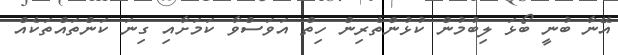
އޭނާ ބުނީ ބޯޅަ ލިބުމުން ކުޅުންތެރިން ހިތް އަވަސްވާ ކަމަށާއި ގިނަ ކަންތައްތަކެއް